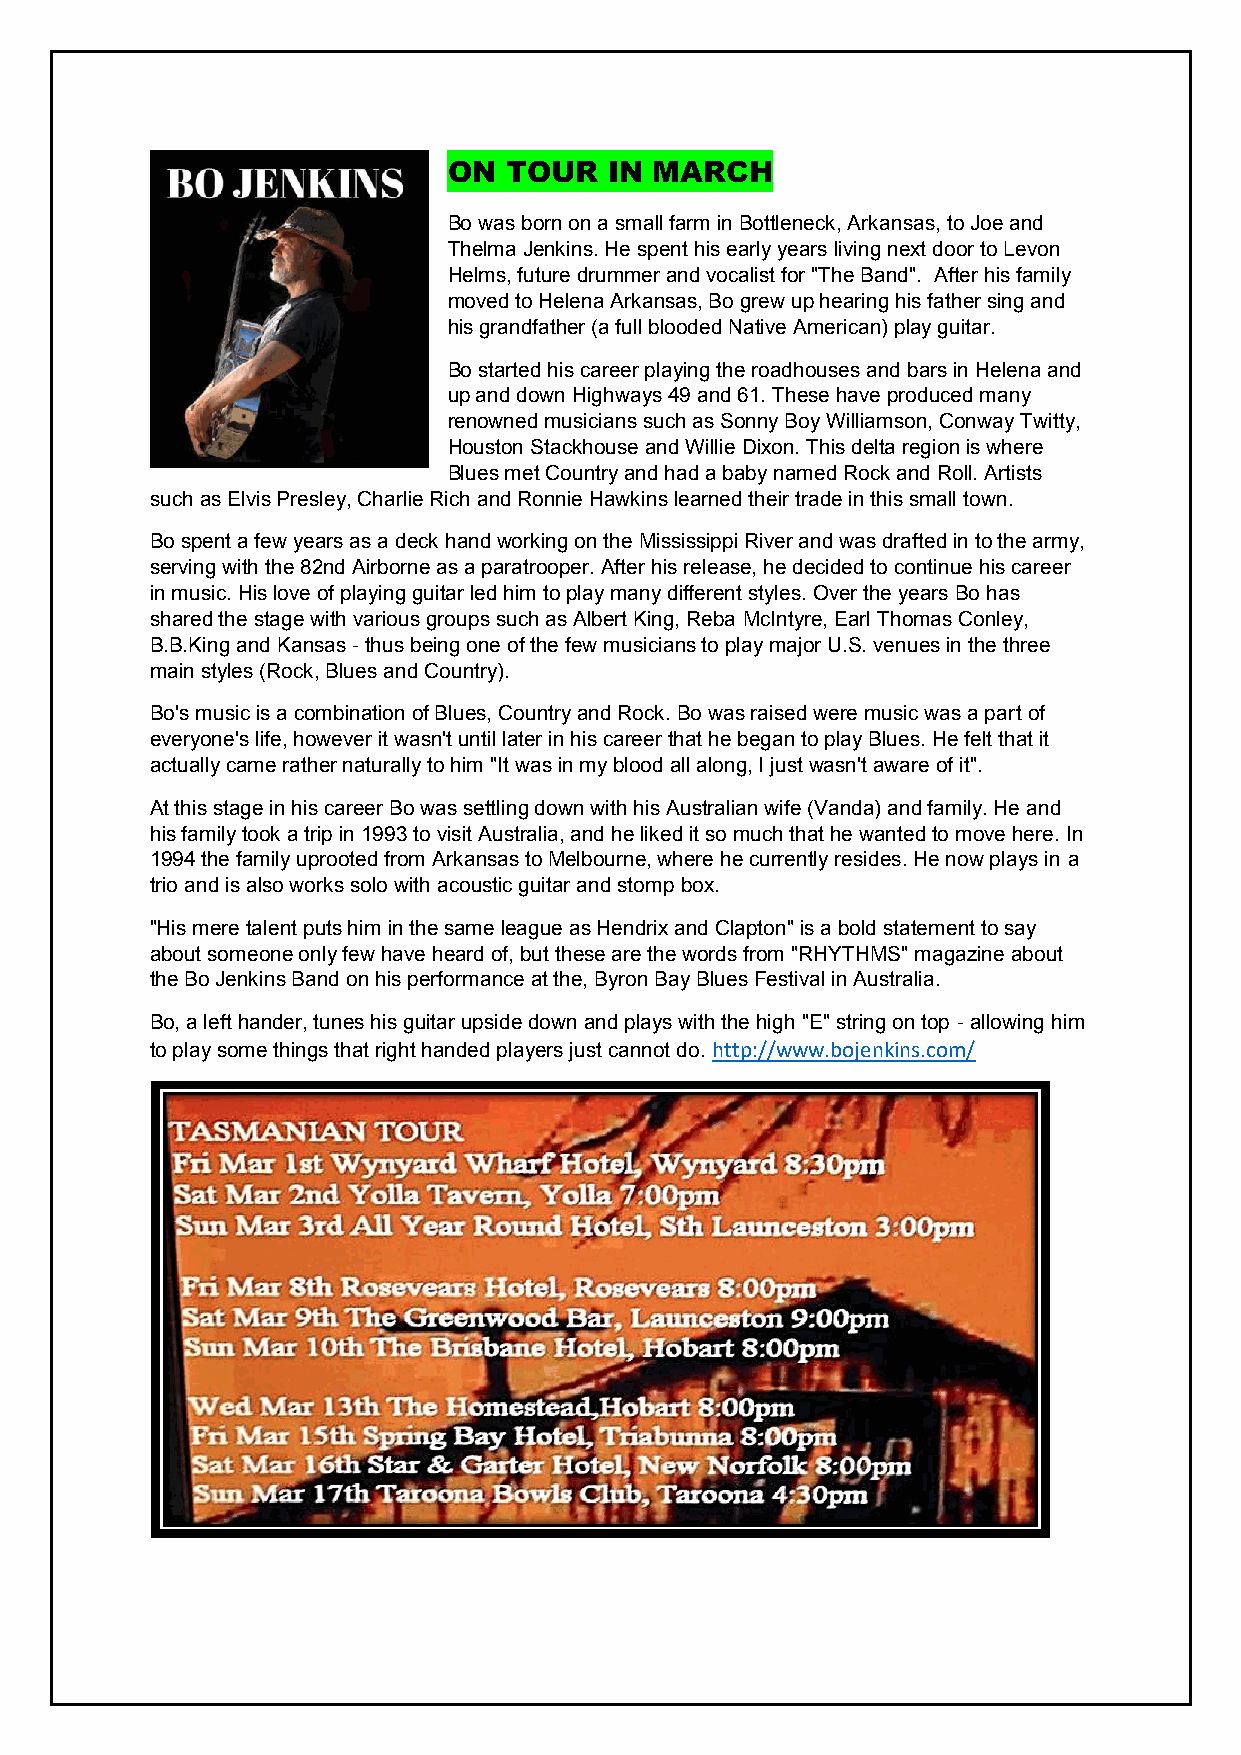
ON TOUR   IN MARCH
 Bo was born on a small farm in Bottleneck, Arkansas, to Joe and
 Thelma Jenkins. He spent his early years living next door to Levon
 Helms, future drummer and vocalist for "The Band". After his family
 moved to Helena Arkansas, Bo grew up hearing his father sing and
 his grandfather (a full blooded Native American) play guitar.
 Bo started his career playing the roadhouses and bars in Helena and
 up and down Highways 49 and 61. These have produced many
 renowned musicians such as Sonny Boy Williamson, Conway Twitty,
 Houston Stackhouse and Willie Dixon. This delta region is where
 Blues met Country and had a baby named Rock and Roll. Artists
 such as Elvis Presley, Charlie Rich and Ronnie Hawkins learned their trade in this small town.
 Bo spent a few years as a deck hand working on the Mississippi River and was drafted in to the army,
 serving with the 82nd Airborne as a paratrooper. After his release, he decided to continue his career
 in music. His love of playing guitar led him to play many different styles. Over the years Bo has
 shared the stage with various groups such as Albert King, Reba McIntyre, Earl Thomas Conley,
 B.B.King and Kansas - thus being one of the few musicians to play major U.S. venues in the three
 main styles (Rock, Blues and Country).
 Bo's music is a combination of Blues, Country and Rock. Bo was raised were music was a part of
 everyone's life, however it wasn't until later in his career that he began to play Blues. He felt that it
 actually came rather naturally to him "It was in my blood all along, I just wasn't aware of it".
 At this stage in his career Bo was settling down with his Australian wife (Vanda) and family. He and
 his family took a trip in 1993 to visit Australia, and he liked it so much that he wanted to move here. In
 1994 the family uprooted from Arkansas to Melbourne, where he currently resides. He now plays in a
 trio and is also works solo with acoustic guitar and stomp box.
 "His mere talent puts him in the same league as Hendrix and Clapton" is a bold statement to say
 about someone only few have heard of, but these are the words from "RHYTHMS" magazine about
 the Bo Jenkins Band on his performance at the, Byron Bay Blues Festival in Australia.
 Bo, a left hander, tunes his guitar upside down and plays with the high "E" string on top - allowing him
 to play some things that right handed players just cannot do. http://www.bojenkins.com/